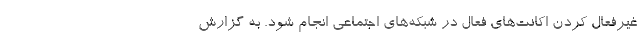
غیرفعال کردن اکانت‌های فعال در شبکه‌های اجتماعی انجام شود. به گزارش